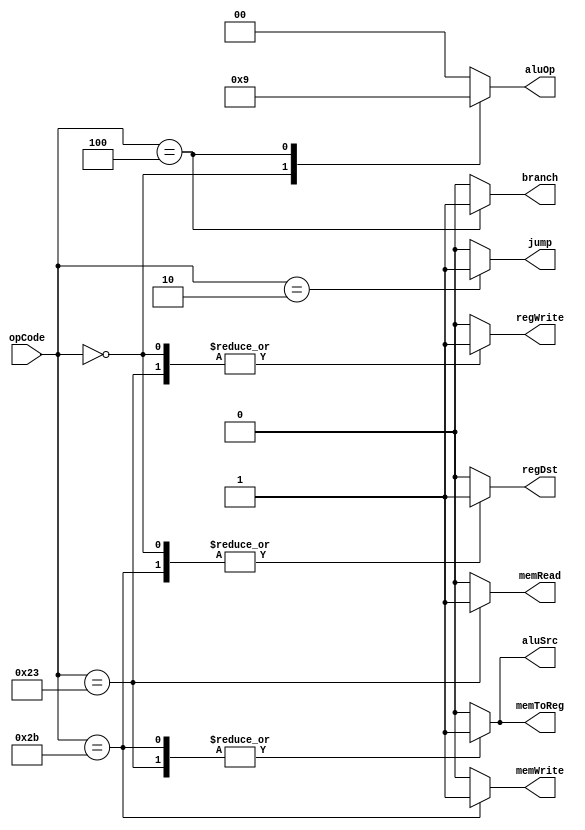
module Ctr(
	input [5:0] opCode,
	output reg regDst,
	output reg aluSrc,
	output reg memToReg,
	output reg regWrite,
	output reg memRead,
	output reg memWrite,
	output reg branch,
	output reg [1:0] aluOp,
	output reg jump
	);
	 
	 
	 always @(opCode)
	 begin
	 case (opCode)
	       6'b000010:
			 //jump
			 begin
			     regDst = 0;
				  aluSrc = 0;
				  memToReg = 0;
				  regWrite = 0;
				  memRead = 0;
				  memWrite = 0;
				  branch =0;
				  aluOp = 2'b00;
				  jump = 1;
		    end
			 6'b000000:
			 //R-format
			 begin
			     regDst = 1;
				  aluSrc = 0;
				  memToReg = 0;
				  regWrite = 1;
				  memRead = 0;
				  memWrite = 0;
				  branch = 0;
				  aluOp =  2'b10;   
				  //which one is the MSB?
				  jump = 0;
			 end
			 6'b100011:
			 //lw
			 begin
			     regDst = 0;
				  aluSrc = 1;
				  memToReg = 1;
				  regWrite = 1;
				  memRead = 1;
				  memWrite = 0;
				  branch = 0;
				  aluOp =  2'b00;   
				  jump = 0;
			 end
			 6'b101011:
			 //sw
			 begin
			     regDst = 1; //don't care term
				  aluSrc = 1;
				  memToReg = 1; //don't care term
				  regWrite = 0;
				  memRead = 0;
				  memWrite = 1;
				  branch = 0;
				  aluOp =  2'b00;   
				  jump = 0;
			 end
			 6'b000100:
			 //beq
			 begin
			     regDst = 0;  //don't care term
				  aluSrc = 0;
				  memToReg = 0;  //don't care term
				  regWrite = 0;
				  memRead = 0;
				  memWrite = 0;
				  branch = 1;
				  aluOp =  2'b01;   
				  jump = 0;
			 end
			 default:
			 begin
			     regDst = 0;
				  aluSrc = 0;
				  memToReg = 0;
				  regWrite = 0;
				  memRead = 0;
				  memWrite = 0;
				  branch = 0;
				  aluOp =  2'b00;   
				  jump = 0;
			 end
		endcase
		end
		
endmodule